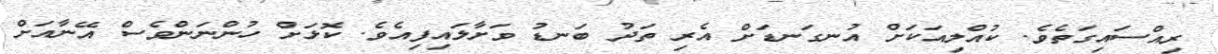
ރިއްސައިގަތެވެ. ކުއްލިއަކަށް އުނގަނޑަށް އެރި ތަދު ބަނޑު ވަށާލައިފިއެވެ. ކޮޅަށް ހުންނަންވެސް އޭނާއަށް